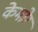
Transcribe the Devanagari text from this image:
केमोर